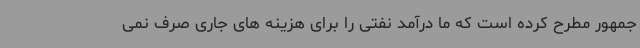
جمهور مطرح کرده است که ما درآمد نفتی را برای هزینه های جاری صرف نمی